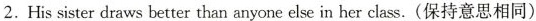
2.His sister draws better than anyone else in her class.(保持意思相同)